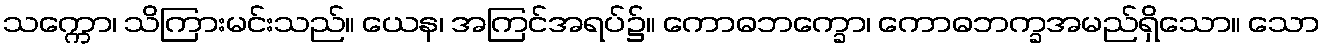
သက္ကော၊ သိကြားမင်းသည်။ ယေန၊ အကြင်အရပ်၌။ ကောဓဘက္ခော၊ ကောဓဘက္ခအမည်ရှိသော။ သော